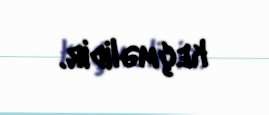
keçməlidir.